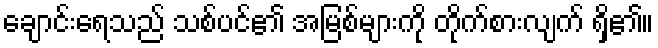
ချောင်းရေသည် သစ်ပင်၏ အမြစ်များကို တိုက်စားလျက် ရှိ၏။